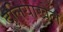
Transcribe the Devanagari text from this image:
दुलियाखेल